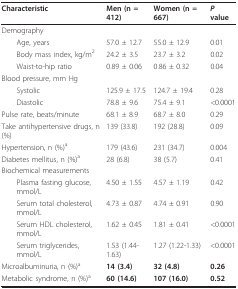
<table><thead><tr><td><b>Characteristic</b></td><td><b>Men (n = 412)</b></td><td><b>Women (n = 667)</b></td><td><b><i>P </i>value</b></td></tr></thead><tbody><tr><td>Demography</td><td></td><td></td><td></td></tr><tr><td> Age, years</td><td>57.0 ± 12.7</td><td>55.0 ± 12.9</td><td>0.01</td></tr><tr><td> Body mass index, kg/m<sup>2</sup></td><td>24.2 ± 3.5</td><td>23.7 ± 3.2</td><td>0.02</td></tr><tr><td> Waist-to-hip ratio</td><td>0.89 ± 0.06</td><td>0.86 ± 0.32</td><td>0.04</td></tr><tr><td>Blood pressure, mm Hg</td><td></td><td></td><td></td></tr><tr><td> Systolic</td><td>125.9 ± 17.5</td><td>124.7 ± 19.4</td><td>0.28</td></tr><tr><td> Diastolic</td><td>78.8 ± 9.6</td><td>75.4 ± 9.1</td><td>&lt;0.0001</td></tr><tr><td>Pulse rate, beats/minute</td><td>68.1 ± 8.9</td><td>68.7 ± 8.0</td><td>0.29</td></tr><tr><td>Take antihypertensive drugs, n (%)</td><td>139 (33.8)</td><td>192 (28.8)</td><td>0.09</td></tr><tr><td>Hypertension, n (%)<sup>a</sup></td><td>179 (43.6)</td><td>231 (34.7)</td><td>0.004</td></tr><tr><td>Diabetes mellitus, n (%)<sup>a</sup></td><td>28 (6.8)</td><td>38 (5.7)</td><td>0.41</td></tr><tr><td>Biochemical measurements</td><td></td><td></td><td></td></tr><tr><td> Plasma fasting glucose, mmol/L</td><td>4.50 ± 1.55</td><td>4.57 ± 1.19</td><td>0.42</td></tr><tr><td> Serum total cholesterol, mmol/L</td><td>4.73 ± 0.87</td><td>4.74 ± 0.91</td><td>0.90</td></tr><tr><td> Serum HDL cholesterol, mmol/L</td><td>1.62 ± 0.45</td><td>1.81 ± 0.41</td><td>&lt;0.0001</td></tr><tr><td> Serum triglycerides, mmol/L</td><td>1.53 (1.44-1.63)</td><td>1.27 (1.22-1.33)</td><td>&lt;0.0001</td></tr><tr><td>Microalbuminuria, n (%)<sup>a</sup></td><td><b>14 (3.4)</b></td><td><b>32 (4.8)</b></td><td><b>0.26</b></td></tr><tr><td>Metabolic syndrome, n (%)<sup>a</sup></td><td><b>60 (14.6)</b></td><td><b>107 (16.0)</b></td><td><b>0.52</b></td></tr></tbody></table>